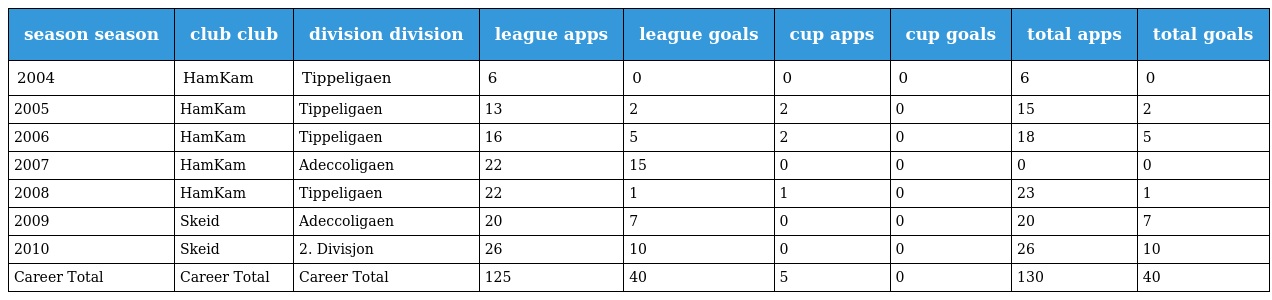
| season season | club club | division division | league apps | league goals | cup apps | cup goals | total apps | total goals |
 | --- | --- | --- | --- | --- | --- | --- | --- | --- |
 | 2004 | HamKam | Tippeligaen | 6 | 0 | 0 | 0 | 6 | 0 |
 | 2005 | HamKam | Tippeligaen | 13 | 2 | 2 | 0 | 15 | 2 |
 | 2006 | HamKam | Tippeligaen | 16 | 5 | 2 | 0 | 18 | 5 |
 | 2007 | HamKam | Adeccoligaen | 22 | 15 | 0 | 0 | 0 | 0 |
 | 2008 | HamKam | Tippeligaen | 22 | 1 | 1 | 0 | 23 | 1 |
 | 2009 | Skeid | Adeccoligaen | 20 | 7 | 0 | 0 | 20 | 7 |
 | 2010 | Skeid | 2. Divisjon | 26 | 10 | 0 | 0 | 26 | 10 |
 | Career Total | Career Total | Career Total | 125 | 40 | 5 | 0 | 130 | 40 |